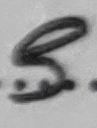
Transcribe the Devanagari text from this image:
९